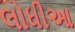
લોધીઆ